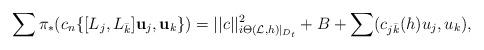
LaTeX: \begin{align*} \sum \pi_*(c_n\{[ L_j, L_{\bar k}]\textbf u_j, \textbf u_k\})=||c||^2_{i\Theta(\mathcal L,h)|_{D_t}}+ B+ \sum(c_{j\bar k}(h) u_j, u_k),\end{align*}